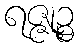
ရဇ္ဇုဉ္စ